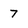
Character: 7